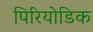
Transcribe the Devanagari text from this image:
पिरियोडिक